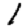
Digit: 1